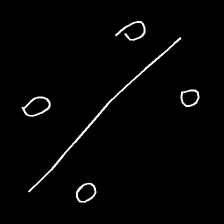
Glyph: cool